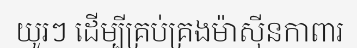
យូរៗ ដើម្បីគ្រប់គ្រងម៉ាស៊ីនកាពារ